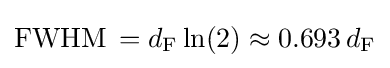
\mathrm {FWHM} \,=d_{\mathrm {F} }\ln(2)\approx 0.693\,d_{\mathrm {F} }